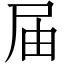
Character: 届